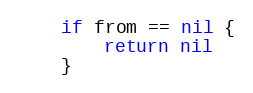
Language: Go
	if from == nil {
		return nil
	}